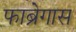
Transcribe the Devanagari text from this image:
फाब्रेगास